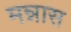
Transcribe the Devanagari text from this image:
मन्नास